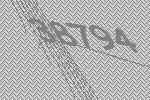
38794